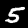
Digit: 5